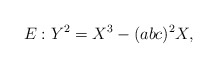
\begin{align*} E : Y^{2} = X^{3} - (abc)^{2} X,\end{align*}